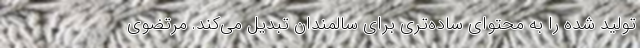
تولید شده را به محتوای ساده‌تری برای سالمندان تبدیل می‌کند. مرتضوی